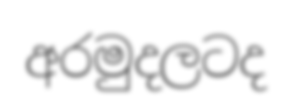
අරමුදලටද